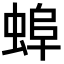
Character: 𧌓